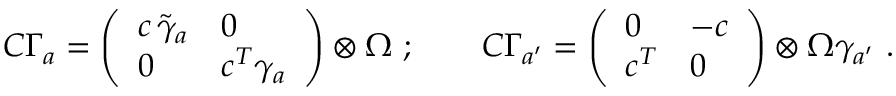
{ \cal C } \Gamma _ { a } = \left( \begin{array} { l l } { { c \, \tilde { \gamma } _ { a } } } & { { 0 } } \\ { { 0 } } & { { c ^ { T } \gamma _ { a } } } \end{array} \right) \otimes \Omega \ ; \qquad { \cal C } \Gamma _ { a ^ { \prime } } = \left( \begin{array} { l l } { { 0 } } & { { - c } } \\ { { c ^ { T } } } & { { 0 } } \end{array} \right) \otimes \Omega \gamma _ { a ^ { \prime } } \ .